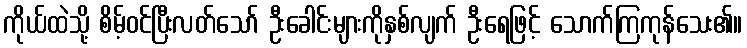
ကိုယ်ထဲသို့ စိမ့်ဝင်ပြီးလတ်သော် ဦးခေါင်းများကိုနှစ်လျက် ဦးရေဖြင့် သောက်ကြကုန်သေး၏။